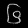
Digit: ၆